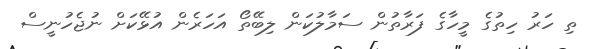
ތި ހަރު ހިތުގެ މީހާގެ ފަރާތުން ސަމާލުކަން ލިބޭތޯ އަހަރެން އުޅޭކަށް ނުޖެހުނީސް